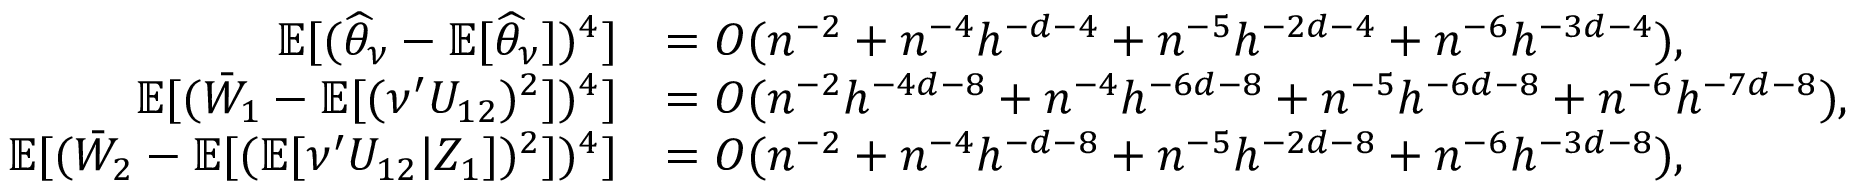
\begin{array} { r l } { \mathbb { E } [ ( \widehat { \theta } _ { \nu } - \mathbb { E } [ \widehat { \theta } _ { \nu } ] ) ^ { 4 } ] } & { = O ( n ^ { - 2 } + n ^ { - 4 } h ^ { - d - 4 } + n ^ { - 5 } h ^ { - 2 d - 4 } + n ^ { - 6 } h ^ { - 3 d - 4 } ) , } \\ { \mathbb { E } [ ( \bar { W } _ { 1 } - \mathbb { E } [ ( \nu ^ { \prime } U _ { 1 2 } ) ^ { 2 } ] ) ^ { 4 } ] } & { = O ( n ^ { - 2 } h ^ { - 4 d - 8 } + n ^ { - 4 } h ^ { - 6 d - 8 } + n ^ { - 5 } h ^ { - 6 d - 8 } + n ^ { - 6 } h ^ { - 7 d - 8 } ) , } \\ { \mathbb { E } [ ( \bar { W } _ { 2 } - \mathbb { E } [ ( \mathbb { E } [ \nu ^ { \prime } U _ { 1 2 } | Z _ { 1 } ] ) ^ { 2 } ] ) ^ { 4 } ] } & { = O ( n ^ { - 2 } + n ^ { - 4 } h ^ { - d - 8 } + n ^ { - 5 } h ^ { - 2 d - 8 } + n ^ { - 6 } h ^ { - 3 d - 8 } ) , } \end{array}